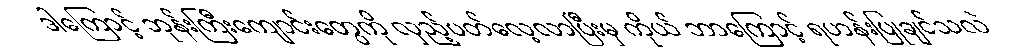
ဒါကြောင့် ဘုန်းကြီးကျောင်းတွေကို လှည့်ပတ်လေ့လာပြီးမှ ကိုယ် ဘာကြောင့် ရဟန်းပြုချင်သလဲ